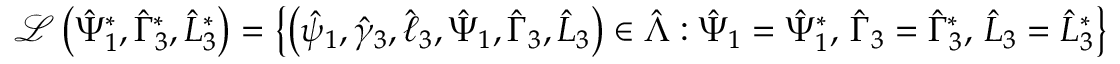
\mathcal { L } \left( \hat { \Psi } _ { 1 } ^ { * } , \hat { \Gamma } _ { 3 } ^ { * } , \hat { L } _ { 3 } ^ { * } \right) = \left\{ \left( \hat { \psi } _ { 1 } , \hat { \gamma } _ { 3 } , \hat { \ell } _ { 3 } , \hat { \Psi } _ { 1 } , \hat { \Gamma } _ { 3 } , \hat { L } _ { 3 } \right) \in \hat { \Lambda } : \hat { \Psi } _ { 1 } = \hat { \Psi } _ { 1 } ^ { * } , \, \hat { \Gamma } _ { 3 } = \hat { \Gamma } _ { 3 } ^ { * } , \, \hat { L } _ { 3 } = \hat { L } _ { 3 } ^ { * } \right\}